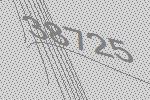
38725